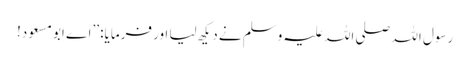
رسول اللہ صلی اللہ علیہ وسلم نے دیکھ لیا اور فرمایا: ’’اے ابو مسعود!